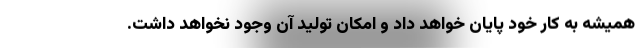
همیشه به کار خود پایان خواهد داد و امکان تولید آن وجود نخواهد داشت.